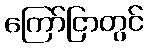
ကြော်ငြာတွင်